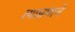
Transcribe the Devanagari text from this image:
त्याप्रमाने